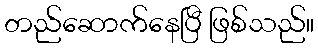
တည်ဆောက်နေပြီ ဖြစ်သည်။